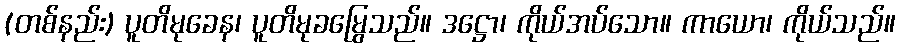
(တစ်နည်း) ပူတိမုခေန၊ ပူတိမုခမြွေသည်။ ဒဋ္ဌော၊ ကိုယ်အပ်သော။ ကာယော၊ ကိုယ်သည်။